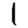
Digit: 1